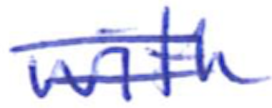
Text: with
Cross-out: double-line
Writing tool: ballpoint